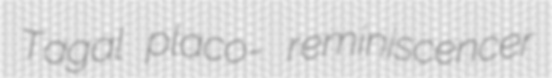
Tagal placo- reminiscencer